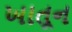
ખાતૂન